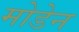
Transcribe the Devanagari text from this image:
मोडेन